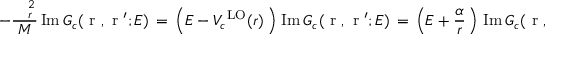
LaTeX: - \frac { { \mathrm { \boldmath ~ \nabla ~ } } _ { r } ^ { 2 } } { M } \, \mathrm { I m } \, G _ { c } ( { \mathrm { \boldmath ~ r ~ } } , { \mathrm { \boldmath ~ r ~ } ^ { \prime } } ; E ) \, = \, \left( E - V _ { c } ^ { \mathrm { \tiny ~ L O } } ( r ) \, \right) \, \mathrm { I m } \, G _ { c } ( { \mathrm { \boldmath ~ r ~ } } , { \mathrm { \boldmath ~ r ~ } ^ { \prime } } ; E ) \, = \, \left( E + \frac { \alpha } { r } \, \right) \, \mathrm { I m } \, G _ { c } ( { \mathrm { \boldmath ~ r ~ } } , { \mathrm { \boldmath ~ r ~ } ^ { \prime } } ; E ) \, .